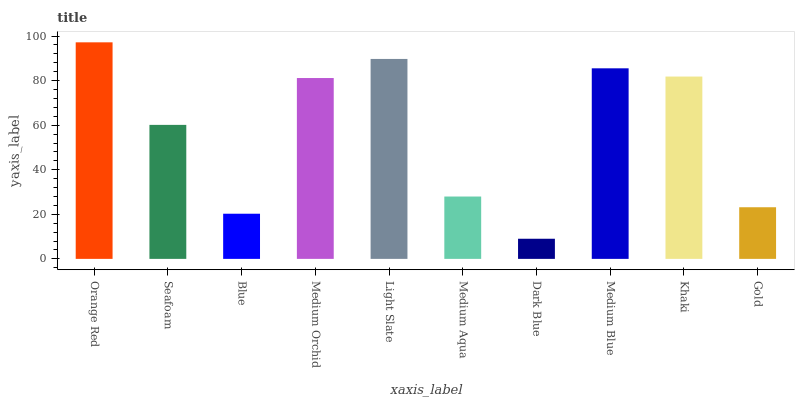
| xaxis_label | bars |
 | --- | --- |
 | Orange Red | 97.2 |
 | Seafoam | 60.1 |
 | Blue | 20.3 |
 | Medium Orchid | 81.2 |
 | Light Slate | 89.7 |
 | Medium Aqua | 28 |
 | Dark Blue | 9.04 |
 | Medium Blue | 85.5 |
 | Khaki | 81.8 |
 | Gold | 23.2 |